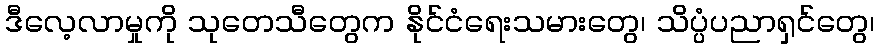
ဒီလေ့လာမှုကို သုတေသီတွေက နိုင်ငံရေးသမားတွေ၊ သိပ္ပံပညာရှင်တွေ၊